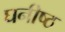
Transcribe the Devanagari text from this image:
घनीष्ठ